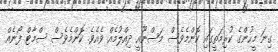
ގިނަ މީހުންގެ ކުރިމަތީގައި ކޮންމެވެސް މަސްނޫއީ ދިއްލުމެއް ވެއެވެ. ކޮންމެވެސް ސްމާޓް ފޯނެއް